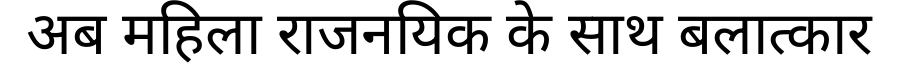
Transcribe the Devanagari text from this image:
अब महिला राजनयिक के साथ बलात्कार